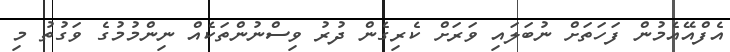
އެފްއޭއެމުން ފަހަތަށް ނުބަލައި ވަރަށް ކެރިގެން ދުރު ވިސްނުންތަކެއް ނިންމުމުގެ ވަގުތު މި